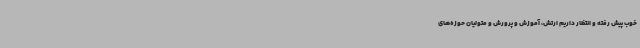
خوب پیش رفته و انتظار داریم ارتش، آموزش و پرورش و متولیان حوزه‌های